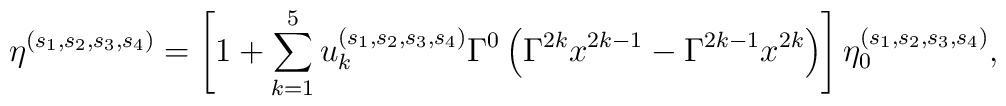
\eta^{(s_1,s_2,s_3,s_4)} = \left[ 1 + \sum_{k=1}^5 u_k^{(s_1,s_2,s_3,s_4)} \Gamma^0 \left( \Gamma^{2k} x^{2k-1} - \Gamma^{2k-1} x^{2k} \right) \right]\eta_0^{(s_1,s_2,s_3,s_4)},